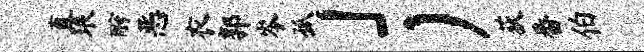
直琅酹恶衣郭岑孤」）荻番伯